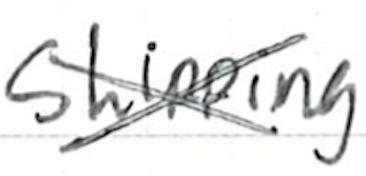
Text: shipping
Cross-out: cross
Writing tool: ballpoint